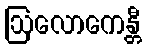
ဩလောကေန္တီ